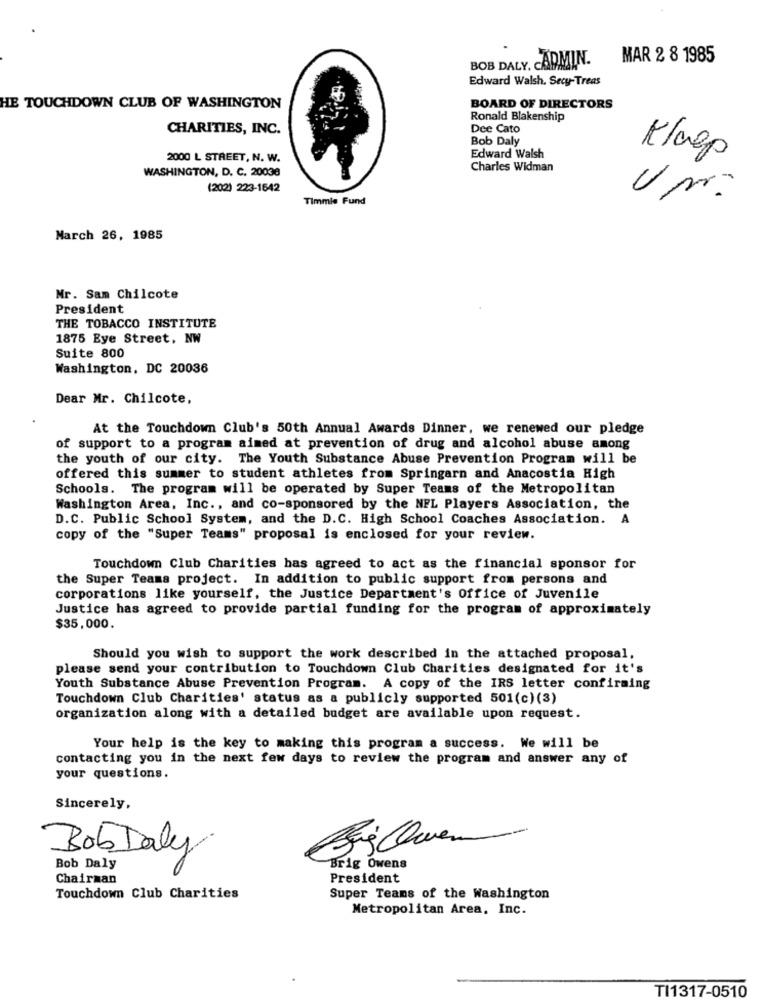
BOB DALY. CADMIN. MAR 2 8 1985
Edward Walsh. Secy-Treas
HE TOUCHDOWN CLUB OF WASHINGTON
BOARD OF DIRECTORS
Ronald Blakenship
CHARITIES, INC.
Dee Cato
Bob Daly
2000 L STREET, N. W.
Edward Walsh
Klaep
WASHINGTON, D. C. 20038
Charles Widman
(202) 223-1542
Timmie Fund
Up.
March 26, 1985
Mr. Sam Chilcote
President
THE TOBACCO INSTITUTE
1875 Eye Street, NW
Suite 800
Washington, DC 20036
Dear Mr. Chilcote,
At the Touchdown Club's 50th Annual Awards Dinner, we renewed our pledge
of support to a program aimed at prevention of drug and alcohol abuse among
the youth of our city. The Youth Substance Abuse Prevention Program will be
offered this summer to student athletes from Springarn and Anacostia High
Schools. The program will be operated by Super Teams of the Metropolitan
Washington Area, Inc ., and co-sponsored by the NFL Players Association, the
D.C. Public School System, and the D.C. High School Coaches Association. A
copy of the "Super Teams" proposal is enclosed for your review.
Touchdown Club Charities has agreed to act as the financial sponsor for
the Super Teams project. In addition to public support from persons and
corporations like yourself, the Justice Department's Office of Juvenile
Justice has agreed to provide partial funding for the program of approximately
$35,000.
Should you wish to support the work described in the attached proposal,
please send your contribution to Touchdown Club Charities designated for it's
Youth Substance Abuse Prevention Program. A copy of the IRS letter confirming
Touchdown Club Charities' status as a publicly supported 501(c) (3)
organization along with a detailed budget are available upon request.
Your help is the key to making this program a success. We will be
contacting you in the next few days to review the program and answer any of
your questions.
Sincerely,
BobDaly
Bob Daly
Brig Owens
Chairman
President
Touchdown Club Charities
Super Teams of the Washington
Metropolitan Area, Inc.
TI1317-0510